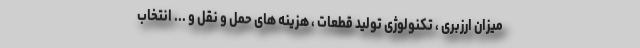
میزان ارزبری ، تکنولوژی تولید قطعات ، هزینه های حمل و نقل و ... انتخاب